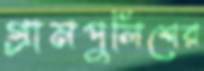
গ্রামপুলিশের